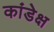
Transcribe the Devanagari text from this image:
कांडेक्ष